Tartu_pedagoogiumi_aruanded, lk 16
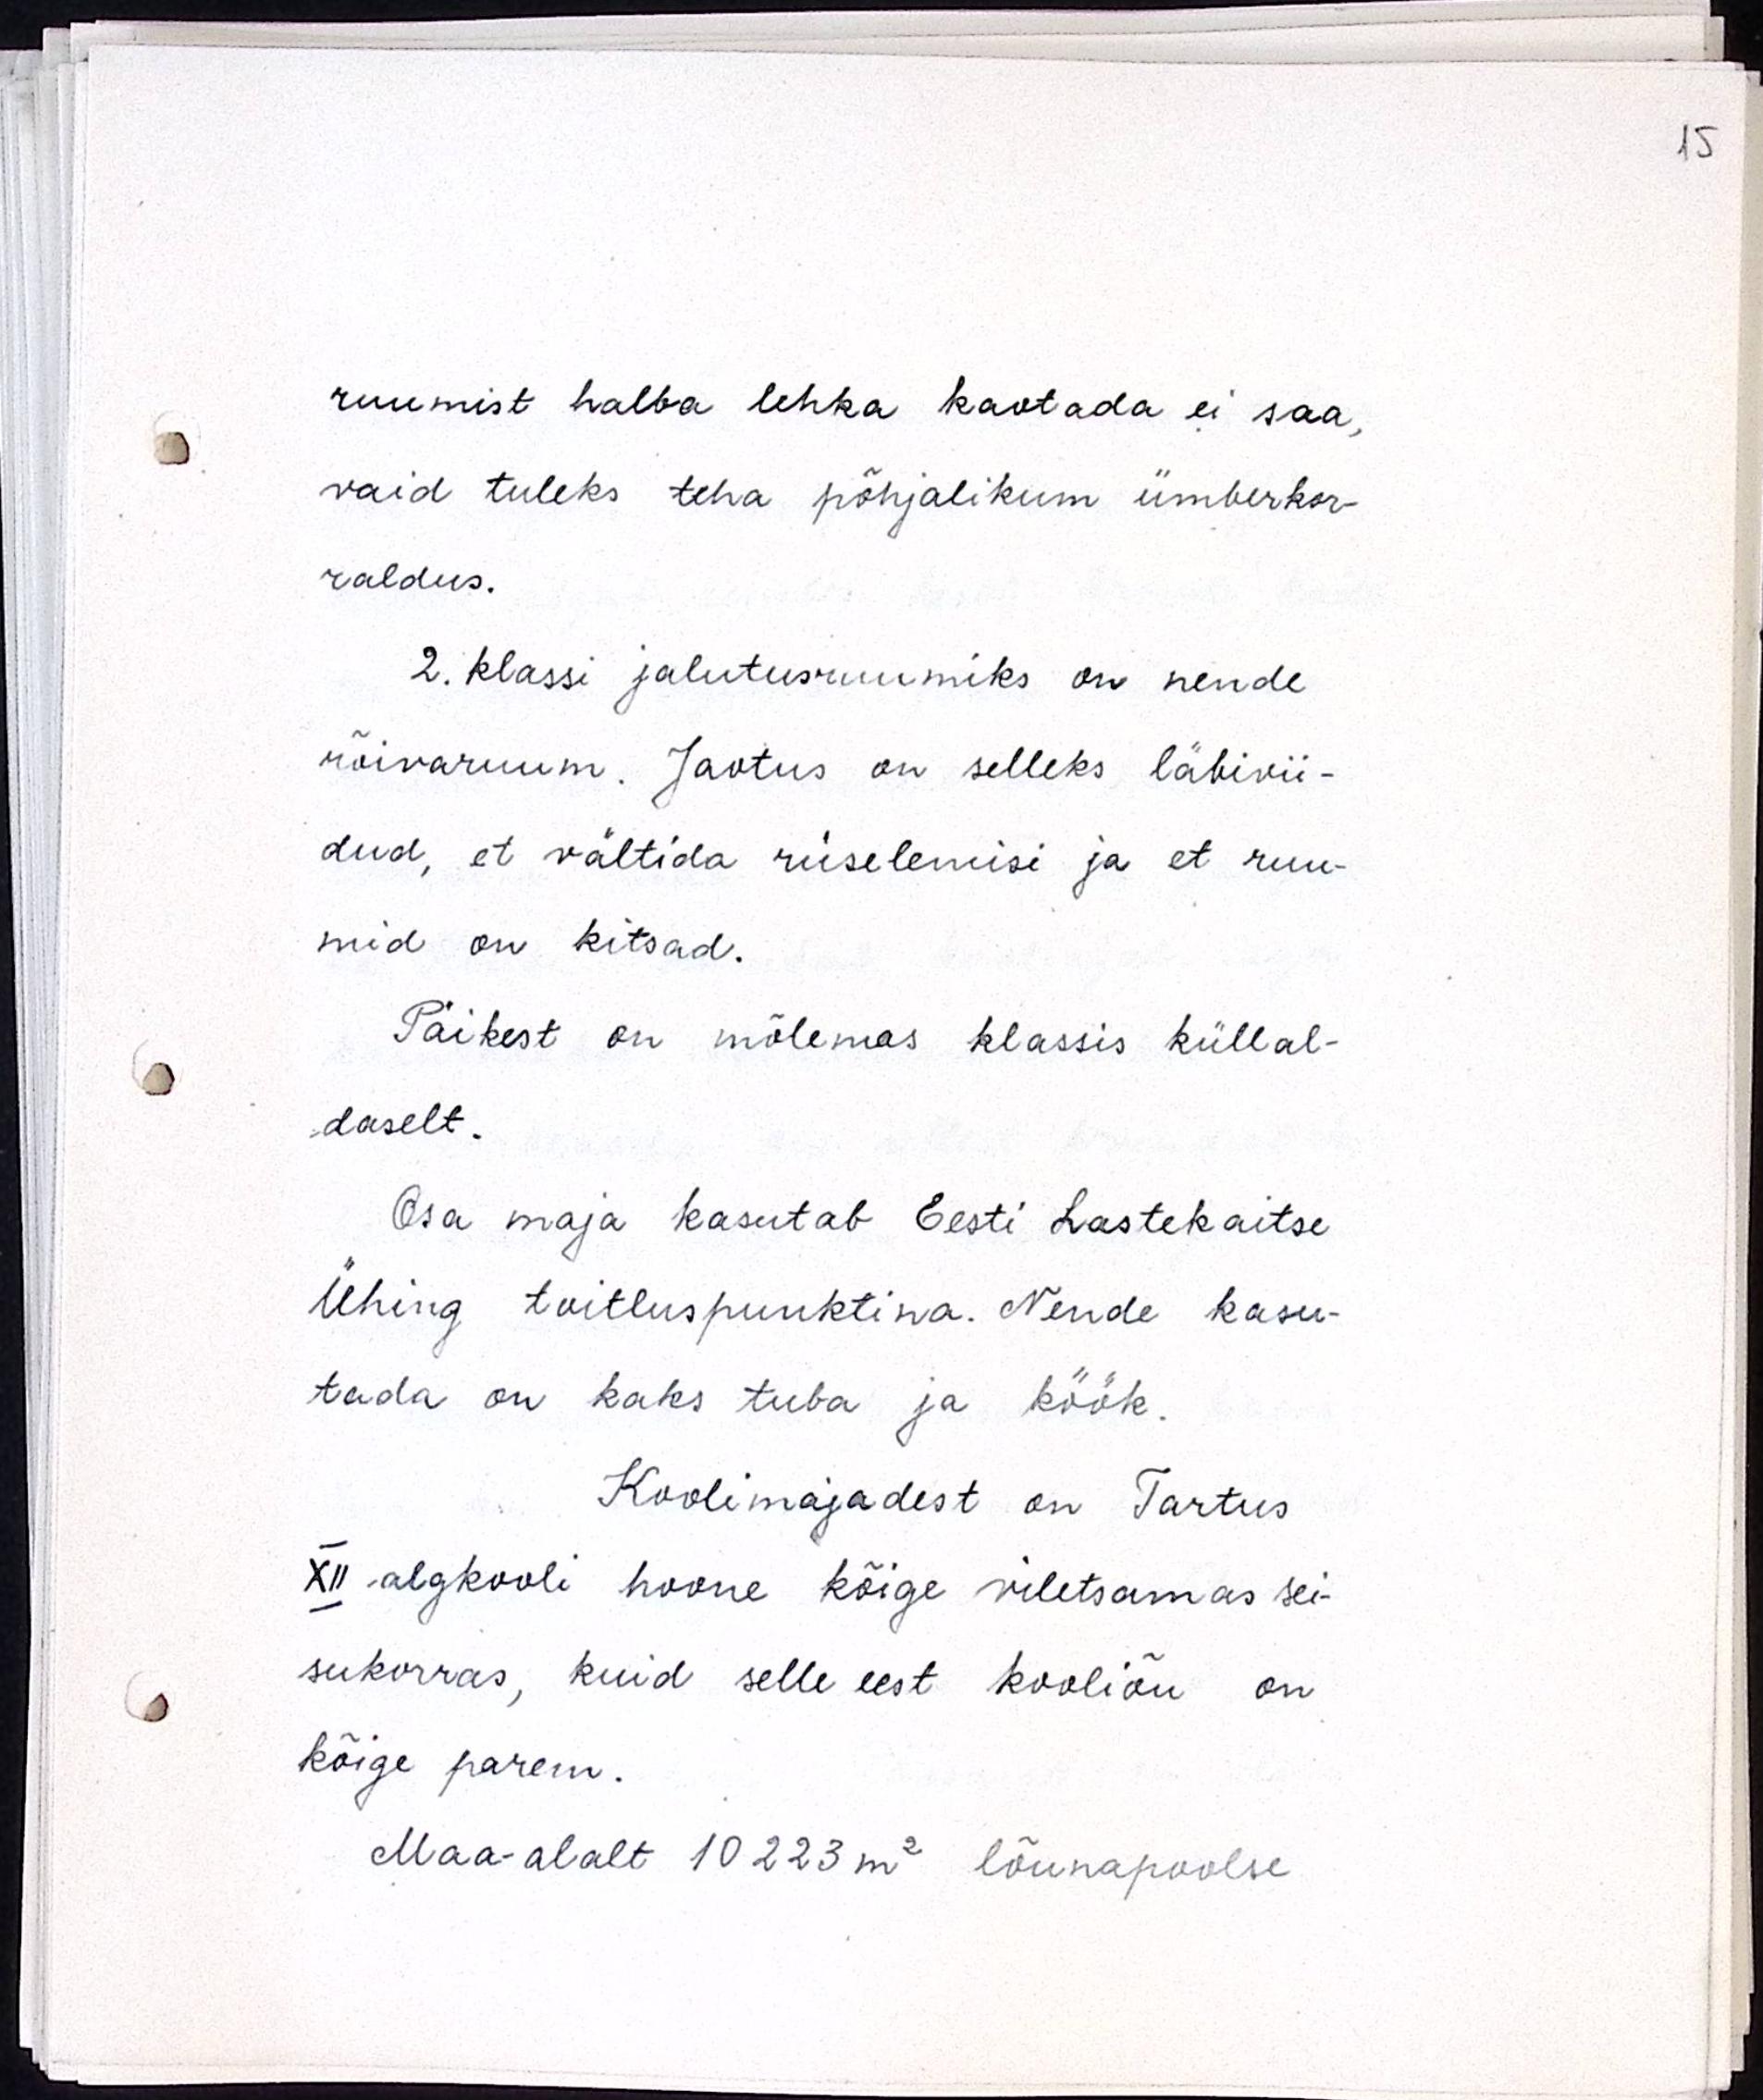
ruumidest halba lehka kaotada ei saa,
vaid tuleks teha põhjalikum ümberkor-
raldus.
2. klassi jalutusruumiks on nende
rõivaruum. Jaotus on selleks läbivii-
dud, et vältida rüselemisi ja et ruu-
mid on kitsad.
Päikest on mõlemas klassis küllal-
daselt.
Osa maja kasutab Eesti Lastekaitse
Ühing toitluspunktina. Nende kasu-
tada on kaks tuba ja köök.
Koolimajadest on Tartus
XII algkooli hoone kõige viletsamas sei-
sukorras, kuid selle eest kooliõu on
kõige parem.
Maa-alalt 10223m2 lõunapoolse